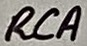
Text: RCA